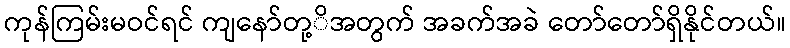
ကုန်ကြမ်းမဝင်ရင် ကျနော်တု့ိအတွက် အခက်အခဲ တော်တော်ရှိနိုင်တယ်။